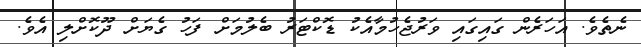
ނެތެވެ. އަހަރެން ގައިގައި ވަރުޖެހުމާއެކު ޑޮކްޓަރު ބެލުމަށް ފަހު ގެޔަށް ދޫކޮށްލި އެވެ.